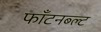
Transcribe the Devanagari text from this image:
फॉंटनब्ल्ट